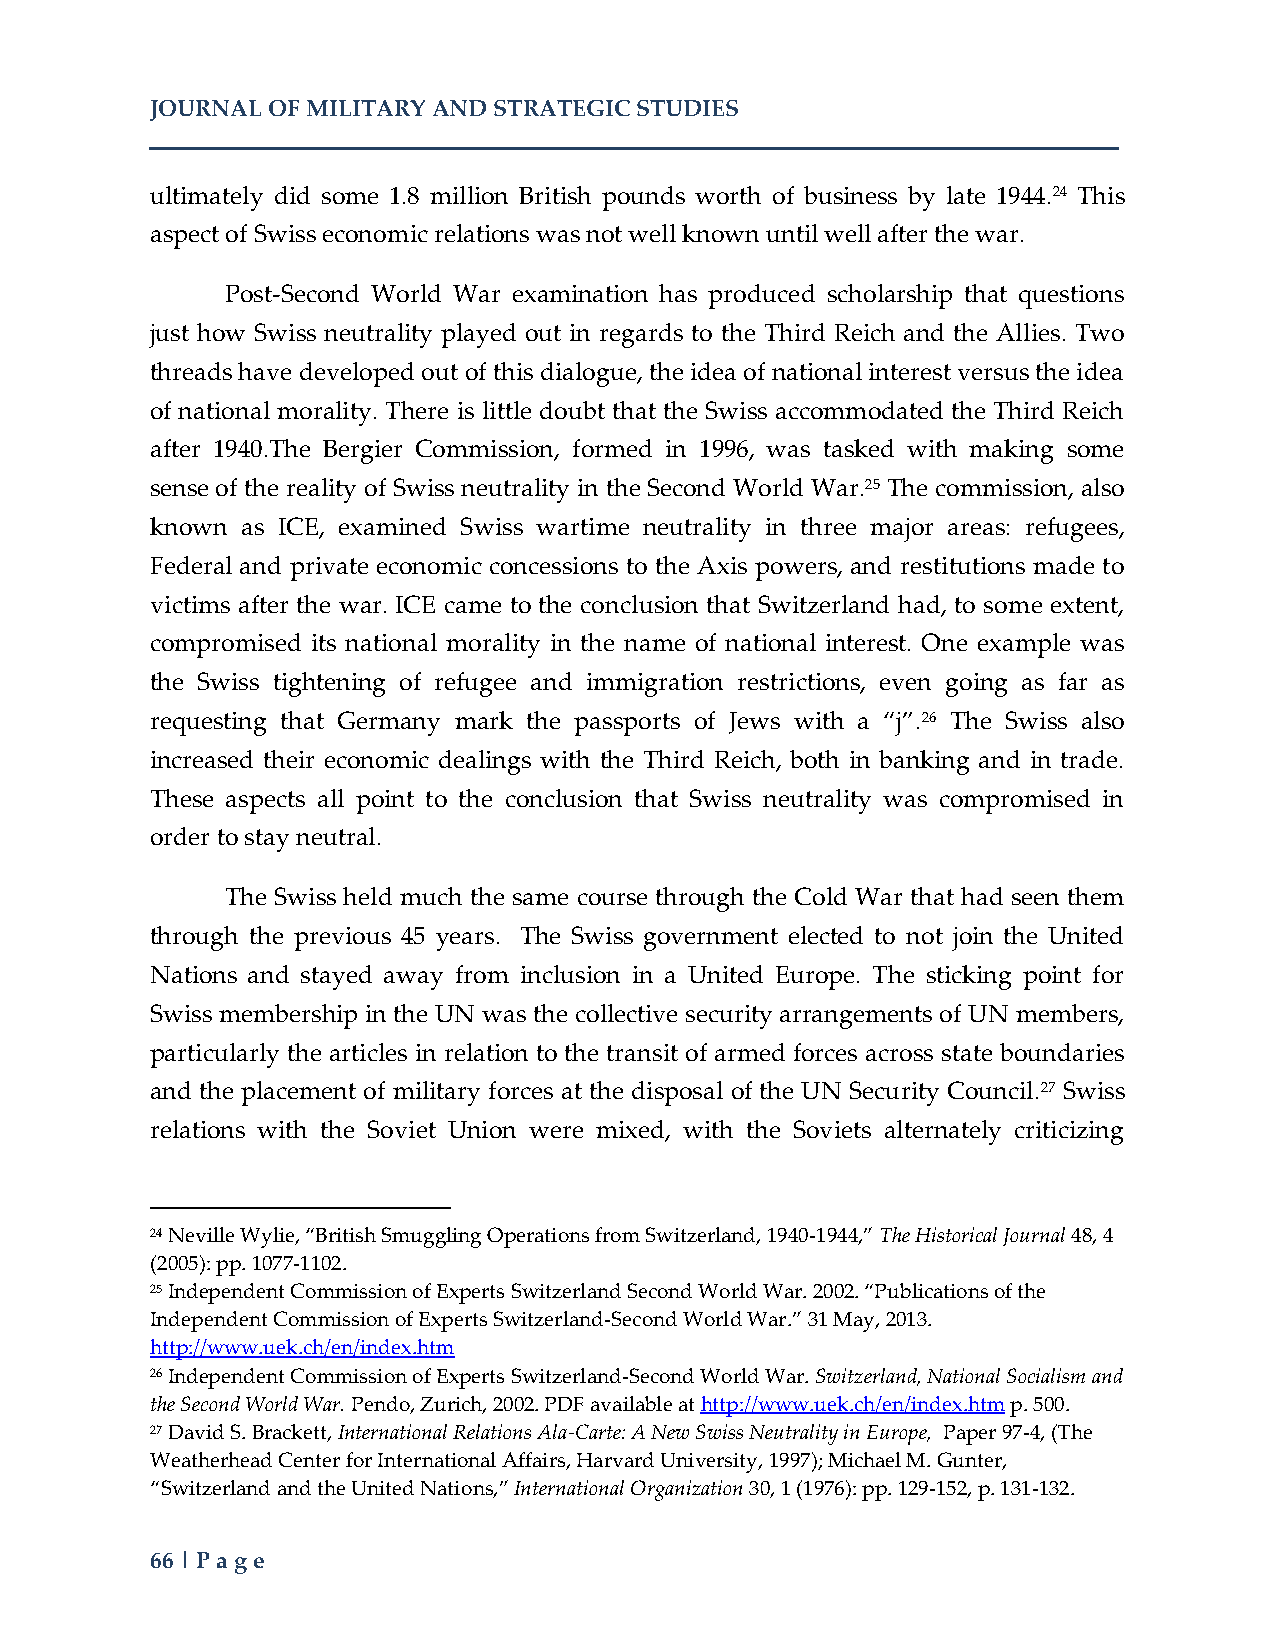
JOURNAL OF MILITARY AND STRATEGIC STUDIES
 ultimately did some 1.8 million British pounds worth of business by late 1944.24 This
 aspect of Swiss economic relations was not well known until well after the war.
 Post-Second World War examination has produced scholarship that questions
 just how Swiss neutrality played out in regards to the Third Reich and the Allies. Two
 threads have developed out of this dialogue, the idea of national interest versus the idea
 of national morality. There is little doubt that the Swiss accommodated the Third Reich
 after 1940.The Bergier Commission, formed in 1996, was tasked with making some
 sense of the reality of Swiss neutrality in the Second World War.25 The commission, also
 known as ICE, examined Swiss wartime neutrality in three major areas: refugees,
 Federal and private economic concessions to the Axis powers, and restitutions made to
 victims after the war. ICE came to the conclusion that Switzerland had, to some extent,
 compromised its national morality in the name of national interest. One example was
 the Swiss tightening of refugee and immigration restrictions, even going as far as
 requesting that Germany mark the passports of Jews with a “j”.26 The Swiss also
 increased their economic dealings with the Third Reich, both in banking and in trade.
 These aspects all point to the conclusion that Swiss neutrality was compromised in
 order to stay neutral.
 The Swiss held much the same course through the Cold War that had seen them
 through the previous 45 years. The Swiss government elected to not join the United
 Nations and stayed away from inclusion in a United Europe. The sticking point for
 Swiss membership in the UN was the collective security arrangements of UN members,
 particularly the articles in relation to the transit of armed forces across state boundaries
 and the placement of military forces at the disposal of the UN Security Council.27 Swiss
 relations with the Soviet Union were mixed, with the Soviets alternately criticizing
 24 Neville Wylie, “British Smuggling Operations from Switzerland, 1940-1944,” The Historical Journal 48, 4
 (2005): pp. 1077-1102.
 25 Independent Commission of Experts Switzerland Second World War. 2002. “Publications of the
 Independent Commission of Experts Switzerland-Second World War.” 31 May, 2013.
 http://www.uek.ch/en/index.htm
 26 Independent Commission of Experts Switzerland-Second World War. Switzerland, National Socialism and
 the Second World War. Pendo, Zurich, 2002. PDF available at http://www.uek.ch/en/index.htm p. 500.
 27 David S. Brackett, International Relations Ala-Carte: A New Swiss Neutrality in Europe, Paper 97-4, (The
 Weatherhead Center for International Affairs, Harvard University, 1997); Michael M. Gunter,
 “Switzerland and the United Nations,” International Organization 30, 1 (1976): pp. 129-152, p. 131-132.
 66 | Page